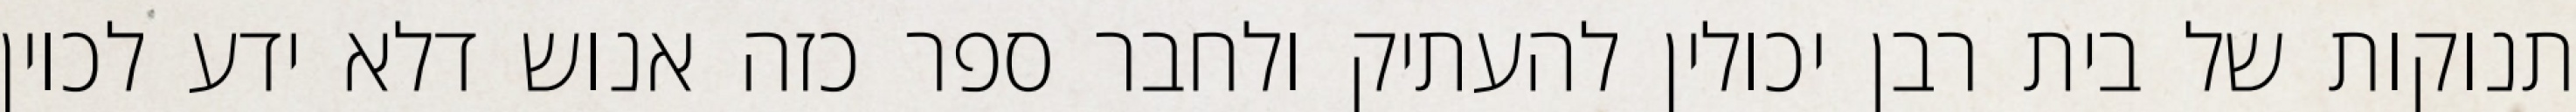
תנוקות של בית רבן יכולין להעתיק ולחבר ספר כזה אנוש דלא ידע לכוין